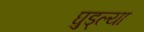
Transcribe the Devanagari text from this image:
घुड्ल्या